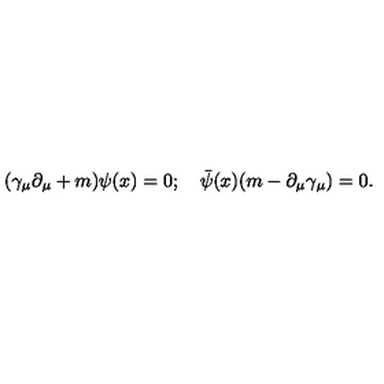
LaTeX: ( { \gamma } _ { \mu } \partial _ { \mu } + m ) \psi ( x ) = 0 ; \quad { \bar { \psi } } ( x ) ( m - \partial _ { \mu } \gamma _ { \mu } ) = 0 .